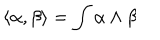
LaTeX: \langle \alpha , \beta \rangle = \int \alpha \wedge \beta